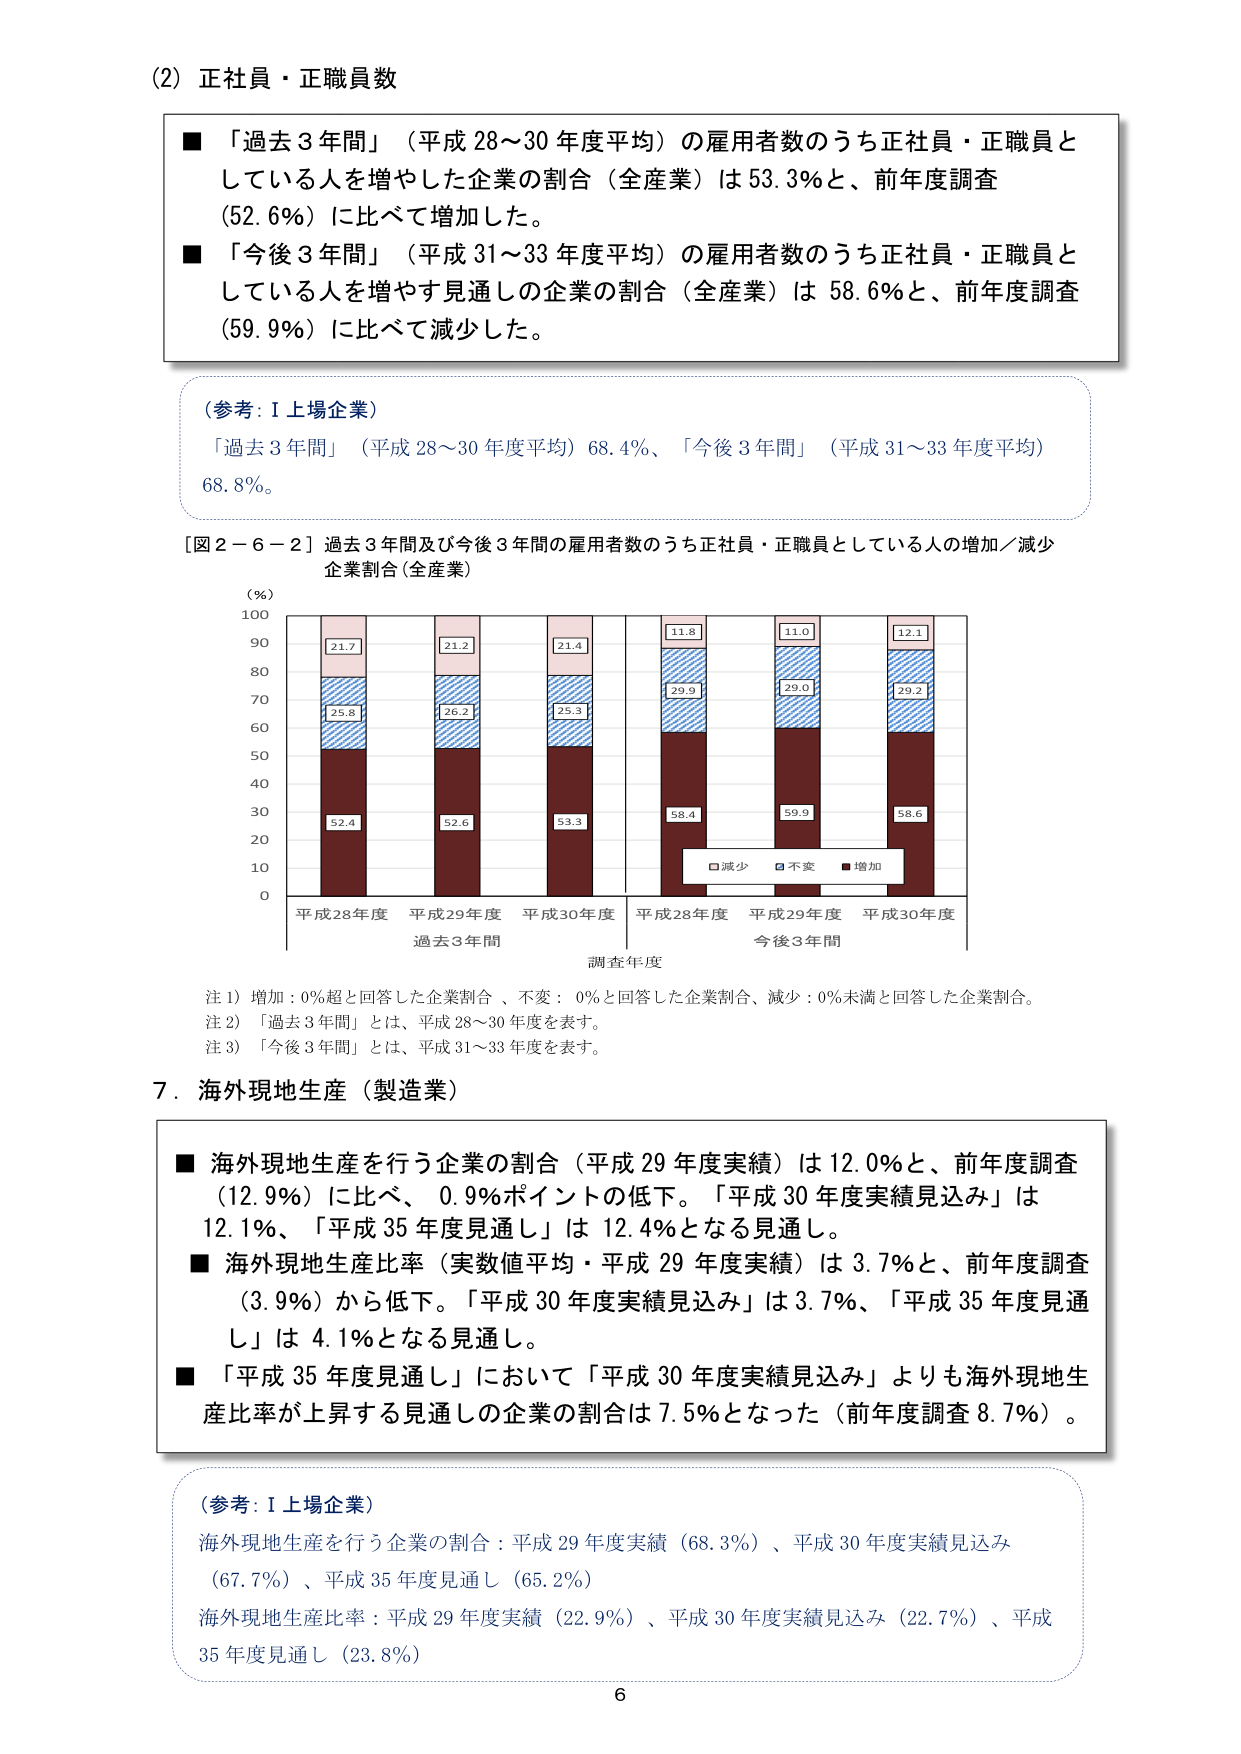
(2) 正社員・正職員数

■ 「過去3年間」（平成28～30年度平均）の雇用者数のうち正社員・正職員としている人を増やした企業の割合（全産業）は53.3％と、前年度調査（52.6％）に比べて増加した。

■ 「今後3年間」（平成31～33年度平均）の雇用者数のうち正社員・正職員としている人を増やす見通しの企業の割合（全産業）は58.6％と、前年度調査（59.9％）に比べて減少した。

（参考：I上場企業）
「過去3年間」（平成28～30年度平均）68.4％、「今後3年間」（平成31～33年度平均）68.8％。

［図2－6－2］過去3年間及び今後3年間の雇用者数のうち正社員・正職員としている人の増加／減少企業割合（全産業）

（％）
100
90
80
70
60
50
40
30
20
10
0

平成28年度　平成29年度　平成30年度　平成28年度　平成29年度　平成30年度
過去3年間　　　　　　　　　　　　　今後3年間
調査年度

□減少　■不変　■増加

21.7
25.8
52.4

21.2
26.2
52.6

21.4
25.3
53.3

11.8
29.9
58.4

11.0
29.0
59.9

12.1
29.2
58.6

注1）増加：0％超と回答した企業割合、不変：0％と回答した企業割合、減少：0％未満と回答した企業割合。
注2）「過去3年間」とは、平成28～30年度を表す。
注3）「今後3年間」とは、平成31～33年度を表す。

7．海外現地生産（製造業）

■ 海外現地生産を行う企業の割合（平成29年度実績）は12.0％と、前年度調査（12.9％）に比べ、0.9％ポイントの低下。「平成30年度実績見込み」は12.1％、「平成35年度見通し」は12.4％となる見通し。

■ 海外現地生産比率（実数値平均・平成29年度実績）は3.7％と、前年度調査（3.9％）から低下。「平成30年度実績見込み」は3.7％、「平成35年度見通し」は4.1％となる見通し。

■ 「平成35年度見通し」において「平成30年度実績見込み」よりも海外現地生産比率が上昇する見通しの企業の割合は7.5％となった（前年度調査8.7％）。

（参考：I上場企業）
海外現地生産を行う企業の割合：平成29年度実績（68.3％）、平成30年度実績見込み（67.7％）、平成35年度見通し（65.2％）
海外現地生産比率：平成29年度実績（22.9％）、平成30年度実績見込み（22.7％）、平成35年度見通し（23.8％）

6